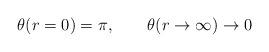
LaTeX: \begin{align*}\theta (r = 0) = \pi, \qquad \theta (r \rightarrow \infty) \rightarrow 0\end{align*}